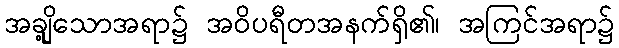
အချို့သောအရာ၌ အဝိပရီတအနက်ရှိ၏၊ အကြင်အရာ၌